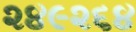
૨૪૯૨૬૪